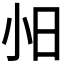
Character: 𫴸